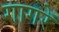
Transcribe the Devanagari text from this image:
गागरे